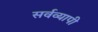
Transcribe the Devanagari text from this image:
सर्वव्‍यापी